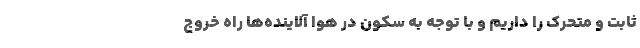
ثابت و متحرک را داریم و با توجه به سکون در هوا آلاینده‌ها راه خروج